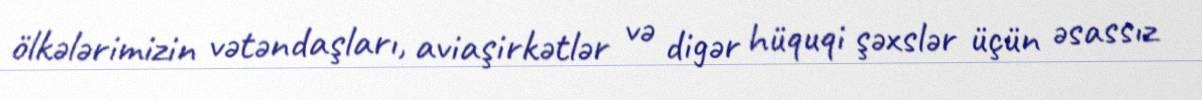
ölkələrimizin vətəndaşları, aviaşirkətlər və digər hüquqi şəxslər üçün əsassız